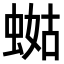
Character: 𧍏